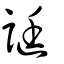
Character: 誔